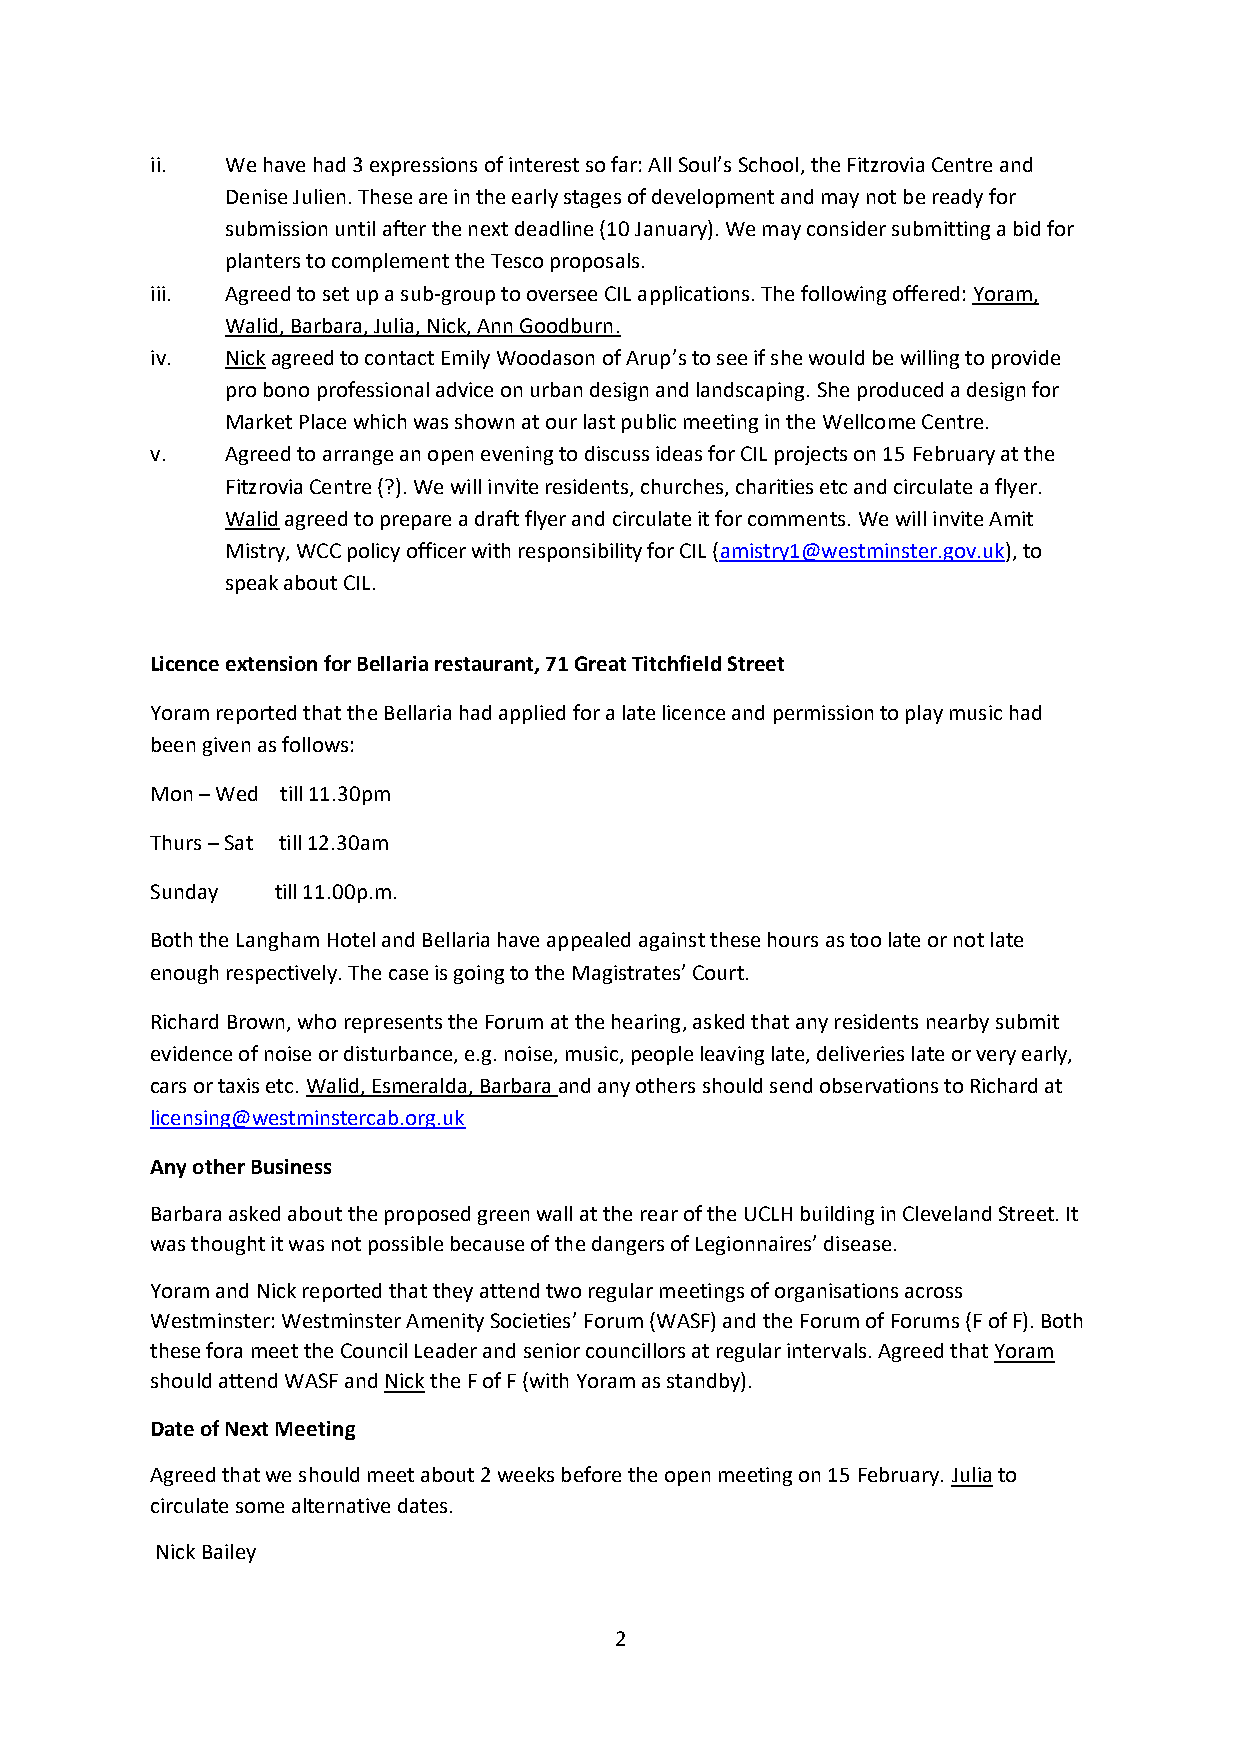
ii.  We have had 3 expressions of interest so far: All Soul’s School, the Fitzrovia Centre and
 Denise Julien. These are in the early stages of development and may not be ready for
 submission until after the next deadline (10 January). We may consider submitting a bid for
 planters to complement the Tesco proposals.
 iii. Agreed to set up a sub-group to oversee CIL applications. The following offered: Yoram,
 Walid, Barbara, Julia, Nick, Ann Goodburn.
 iv.  Nick agreed to contact Emily Woodason of Arup’s to see if she would be willing to provide
 pro bono professional advice on urban design and landscaping. She produced a design for
 Market Place which was shown at our last public meeting in the Wellcome Centre.
 v.   Agreed to arrange an open evening to discuss ideas for CIL projects on 15 February at the
 Fitzrovia Centre (?). We will invite residents, churches, charities etc and circulate a flyer.
 Walid agreed to prepare a draft flyer and circulate it for comments. We will invite Amit
 Mistry, WCC policy officer with responsibility for CIL (amistry1@westminster.gov.uk), to
 speak about CIL.
 Licence extension for Bellaria restaurant, 71 Great Titchfield Street
 Yoram reported that the Bellaria had applied for a late licence and permission to play music had
 been given as follows:
 Mon – Wed till 11.30pm
 Thurs – Sat till 12.30am
 Sunday  till 11.00p.m.
 Both the Langham Hotel and Bellaria have appealed against these hours as too late or not late
 enough respectively. The case is going to the Magistrates’ Court.
 Richard Brown, who represents the Forum at the hearing, asked that any residents nearby submit
 evidence of noise or disturbance, e.g. noise, music, people leaving late, deliveries late or very early,
 cars or taxis etc. Walid, Esmeralda, Barbara and any others should send observations to Richard at
 licensing@westminstercab.org.uk
 Any other Business
 Barbara asked about the proposed green wall at the rear of the UCLH building in Cleveland Street. It
 was thought it was not possible because of the dangers of Legionnaires’ disease.
 Yoram and Nick reported that they attend two regular meetings of organisations across
 Westminster: Westminster Amenity Societies’ Forum (WASF) and the Forum of Forums (F of F). Both
 these fora meet the Council Leader and senior councillors at regular intervals. Agreed that Yoram
 should attend WASF and Nick the F of F (with Yoram as standby).
 Date of Next Meeting
 Agreed that we should meet about 2 weeks before the open meeting on 15 February. Julia to
 circulate some alternative dates.
 Nick Bailey
 2